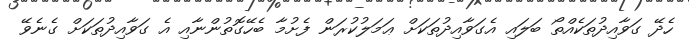
ހެދޭ ގަވާއިދުތަކެއްތޯ ބަލައި އެގަވާއިދުތަކަށް ޢަމަލުކުރަން ފެށުމާ ބެހޭގޮތުންނާއި އެ ގަވާއިދުތަކަށް ގެނެވޭ